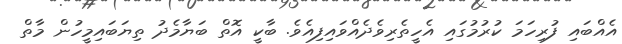
އެއްބައި ފުރިހަމަ ކުރުމުގައި އެހީތެރިވެދެއްވައިފިއެވެ. ބާކީ އޮތް ބަޔާމެދު ތިޔަބައިމީހުން މާތް